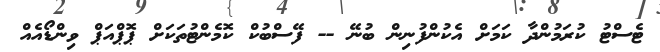
ޓެސްޓު ކުރަމުންދާ ކަމަށް އެކުންފުނިން ބުނޭ -- ފޭސްބުކް ކޮމެންޓުތަކަށް ޕޮޕްއަޕް ވިންޑޯއެއް